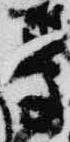
受